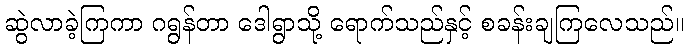
ဆွဲလာခဲ့ကြကာ ဂရွန်တာ ဒေါရွာသို့ ရောက်သည်နှင့် စခန်းချကြလေသည်။